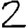
Digit: 2